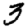
Digit: 3